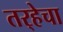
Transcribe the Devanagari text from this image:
तर्‍हेचा